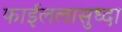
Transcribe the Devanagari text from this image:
फाईललासुध्दा